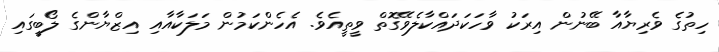
ހިތުގެ ވެރިޔާއާ ބޭނުން އިރަކު ވާހަކަދައްކާލެވޭގޮތް ވީތީއެވެ. އެހެންކަމުން މަލަކާއާއި އިޒްޔާންގެ ލޯބީގައި